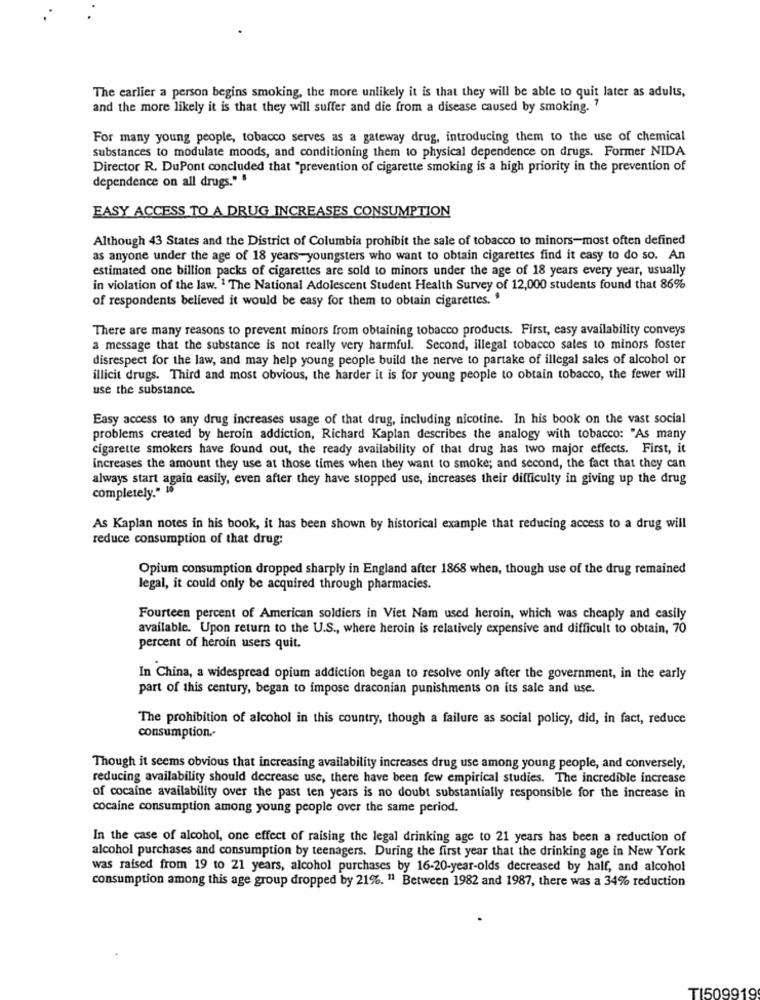
The earlier a person begins smoking, the more unlikely it is that they will be able to quit later as adults,
and the more likely it is that they will suffer and die from a disease caused by smoking. "
For many young people, tobacco serves as a gateway drug, introducing them to the use of chemical
substances to modulate moods, and conditioning them to physical dependence on drugs. Former NIDA
Director R. DuPont concluded that "prevention of cigarette smoking is a high priority in the prevention of
dependence on all drugs." "
EASY ACCESS TO A DRUG INCREASES CONSUMPTION
Although 43 States and the District of Columbia prohibit the sale of tobacco to minors-most often defined
as anyone under the age of 18 years-youngsters who want to obtain cigarettes find it easy to do so. An
estimated one billion packs of cigarettes are sold to minors under the age of 18 years every year, usually
in violation of the law. 1 The National Adolescent Student Health Survey of 12,000 students found that 86%
of respondents believed it would be easy for them to obtain cigarettes. "
There are many reasons to prevent minors from obtaining tobacco products. First, easy availability conveys
a message that the substance is not really very harmful. Second, illegal tobacco sales to minors foster
disrespect for the law, and may help young people build the nerve to partake of illegal sales of alcohol or
illicit drugs. Third and most obvious, the harder it is for young people to obtain tobacco, the fewer will
use the substance.
Easy access to any drug increases usage of that drug, including nicotine. In his book on the vast social
problems created by heroin addiction, Richard Kaplan describes the analogy with tobacco: "As many
cigarette smokers have found out, the ready availability of that drug has two major effects. First, it
increases the amount they use at those times when they want to smoke; and second, the fact that they can
always start again easily, even after they have stopped use, increases their difficulty in giving up the drug
completely." 10
As Kaplan notes in his book, it has been shown by historical example that reducing access to a drug will
reduce consumption of that drug:
Opium consumption dropped sharply in England after 1868 when, though use of the drug remained
legal, it could only be acquired through pharmacies.
Fourteen percent of American soldiers in Viet Nam used heroin, which was cheaply and easily
available. Upon return to the U.S ., where heroin is relatively expensive and difficult to obtain, 70
percent of heroin users quit.
In China, a widespread opium addiction began to resolve only after the government, in the early
part of this century, began to impose draconian punishments on its sale and use.
The prohibition of alcohol in this country, though a failure as social policy, did, in fact, reduce
consumption ..
Though it seems obvious that increasing availability increases drug use among young people, and conversely,
reducing availability should decrease use, there have been few empirical studies. The incredible increase
of cocaine availability over the past ten years is no doubt substantially responsible for the increase in
cocaine consumption among young people over the same period.
In the case of alcohol, one effect of raising the legal drinking age to 21 years has been a reduction of
alcohol purchases and consumption by teenagers. During the first year that the drinking age in New York
was raised from 19 to 21 years, alcohol purchases by 16-20-year-olds decreased by half, and alcohol
consumption among this age group dropped by 21%. " Between 1982 and 1987, there was a 34% reduction
TI509919